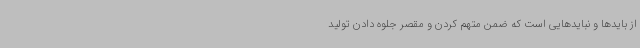
از بایدها و نبایدهایی است که ضمن متهم کردن و مقصر جلوه دادن تولید